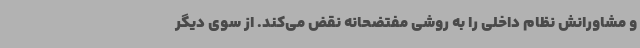
و مشاورانش نظام داخلی را به روشی مفتضحانه نقض می‌کند. از سوی دیگر